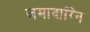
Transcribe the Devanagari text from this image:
जमादाग्नि